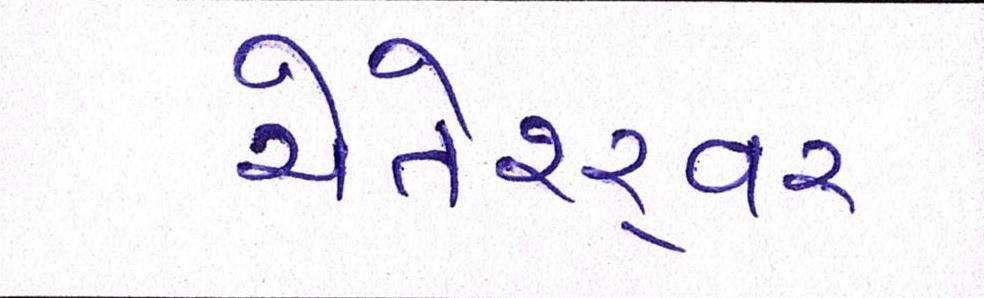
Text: ચેતેશ્ર્વર